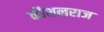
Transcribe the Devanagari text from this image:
कौशलराज